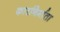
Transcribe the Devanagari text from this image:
कारनिर्माता